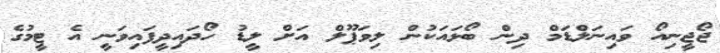
ޖޯޖީނިއޯ ވައިނަލްޑަމް ދިން ބޯޅައަކުން ލިވަޕޫލް އަށް ލީޑު ހޯދައިދީފައިވަނީ އެ ޓީމުގެ